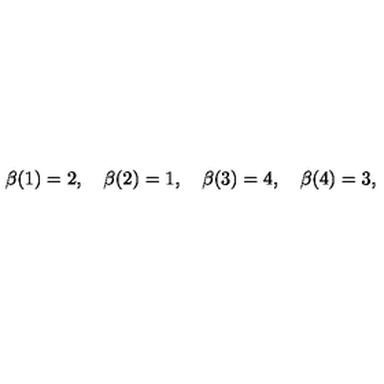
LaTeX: \beta ( 1 ) = 2 , \quad \beta ( 2 ) = 1 , \quad \beta ( 3 ) = 4 , \quad \beta ( 4 ) = 3 ,